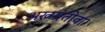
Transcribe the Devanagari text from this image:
अख्मातोवा